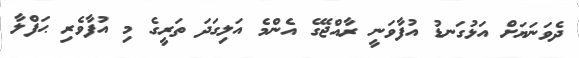
ދެވަނަޔަށް އަޅުގަނޑު އުފާވަނީ ރާއްޖޭގެ އެންމެ އަލިގަދަ ތަރީގެ މި އުފާވެރި ޙަފްލާ